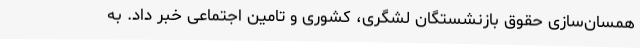
همسان‌سازی حقوق بازنشستگان لشگری، کشوری و تامین اجتماعی خبر داد. به